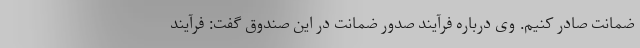
ضمانت صادر کنیم. وی درباره فرآیند صدور ضمانت در این صندوق گفت: فرآیند